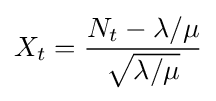
X_{t}={\frac {N_{t}-\lambda /\mu }{\sqrt {\lambda /\mu }}}